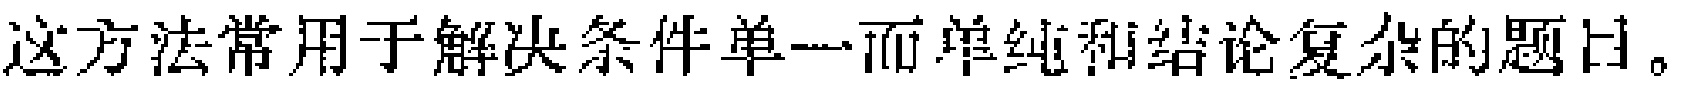
这方法常用于解决条件单一而单纯和结论复杂的题目。